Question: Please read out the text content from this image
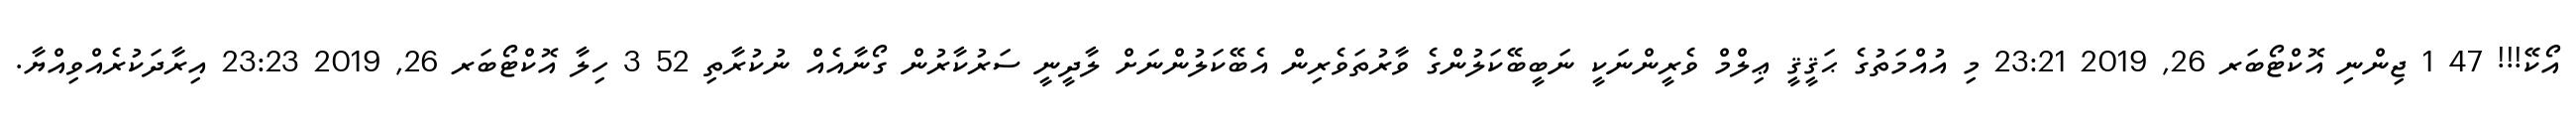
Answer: އޯކޭ!!! 47 1 ޖިންނި އޮކްޓޯބަރ 26, 2019 23:21 މި އުއްމަތުގެ ޙަޤީޤީ ޢިލްމް ވެރީންނަކީ ނަބީބޭކަލުންގެ ވާރުތަވެރިން އެބޭކަލުންނަށް ލާދީނީ ސަރުކާރުން ގޯނާއެއް ނުކުރާތި 52 3 ހިލާ އޮކްޓޯބަރ 26, 2019 23:23 އިރާދަކުރެއްވިއްޔާ.